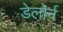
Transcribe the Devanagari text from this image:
डेलोर्न